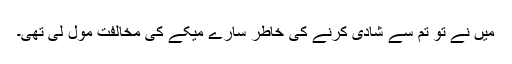
میں نے تو تم سے شادی کرنے کی خاطر سارے میکے کی مخالفت مول لی تھی۔